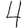
Digit: 4